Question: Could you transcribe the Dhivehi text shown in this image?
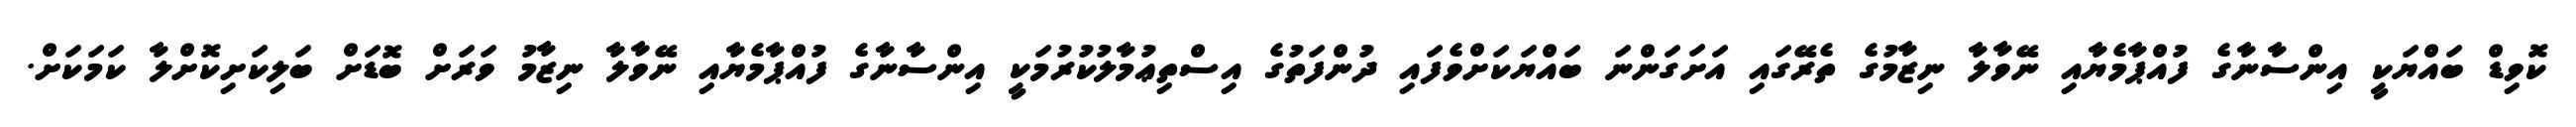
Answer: ކޮވިޑް ބައްޔަކީ އިންސާނާގެ ފުއްޕާމެޔާއި ނޭވާލާ ނިޒާމުގެ ތެރޭގައި އަށަގަންނަ ބައްޔަކަށްވެފައި ދުންފަތުގެ އިސްތިޢުމާލުކުރުމަކީ އިންސާނާގެ ފުއްޕާމެޔާއި ނޭވާލާ ނިޒާމު ވަރަށް ބޮޑަށް ބަލިކަށިކޮށްލާ ކަމަކަށް.